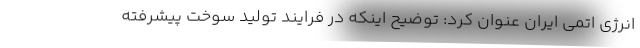
انرژی اتمی ایران عنوان کرد: توضیح اینکه در فرایند تولید سوخت پیشرفته